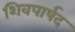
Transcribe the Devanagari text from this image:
शिवपार्षद